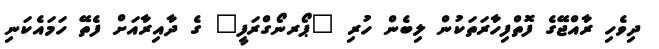
ދިވެހި ރާއްޖޭގެ ފޮތްފިހާރަތަކުން ލިބެން ހުރި "ޕޯރނޯގްރަފީ" ގެ ދާއިރާއަށް ފެތޭ ހަމައެކަނި